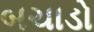
બચાડો